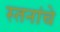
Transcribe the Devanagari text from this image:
स्तनांचे